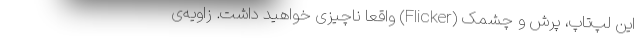
این لپ‌تاپ، پرش و چشمک (Flicker) واقعا ناچیزی خواهید داشت. زاویه‌ی